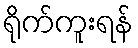
ရိုက်ကူးရန်